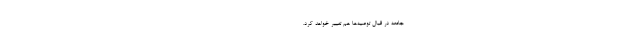
جامعه در قبال توصیه‌ها هم تغییر خواهد کرد. ----------------------